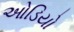
ઓડિયો